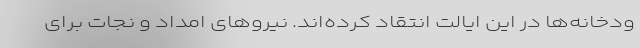
ودخانه‌ها در این ایالت انتقاد کرده‌اند. نیروهای امداد و نجات برای